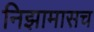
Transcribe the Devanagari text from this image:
निझामासच